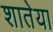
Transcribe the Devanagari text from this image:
शातेया